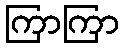
ကြာကြာ